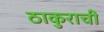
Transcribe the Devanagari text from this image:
ठाकुराची